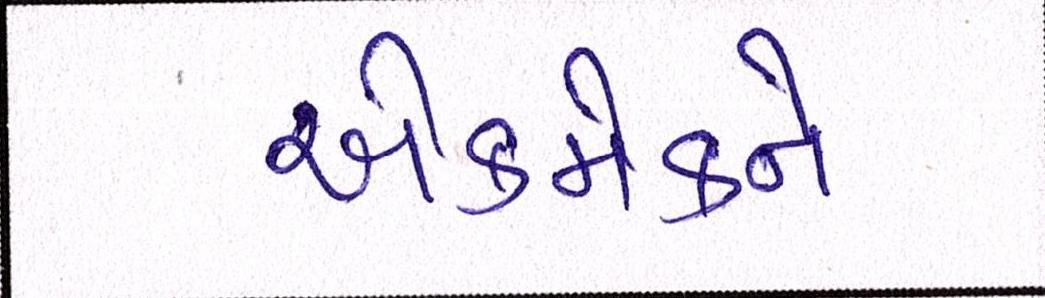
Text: એકમેકને